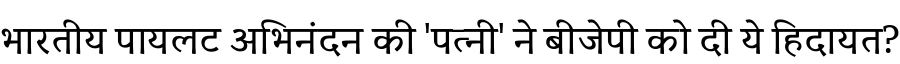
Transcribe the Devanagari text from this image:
भारतीय पायलट अभिनंदन की 'पत्नी' ने बीजेपी को दी ये हिदायत?